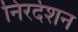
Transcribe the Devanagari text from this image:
निरर्देशन